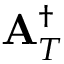
{ \bf A } _ { T } ^ { \dagger }